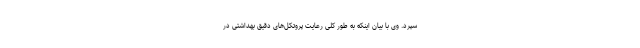
سپرد. وی با بیان اینکه به طور کلی رعایت پروتکل‌های دقیق بهداشتی در